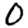
Digit: 0